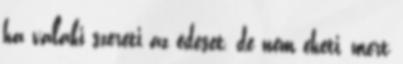
ha valaki szereti az édeset, de nem eheti, mert